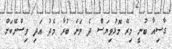
ގާސިއާ ބުނީ މިރޭ މޮޅުވިޔަސް ދެ ވަނަ ބުރާ މެދު އަދި ވިސްނޭކަށް